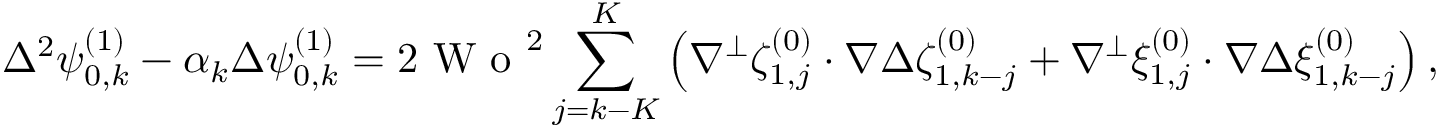
\Delta ^ { 2 } \psi _ { 0 , k } ^ { ( 1 ) } - \alpha _ { k } \Delta \psi _ { 0 , k } ^ { ( 1 ) } = 2 \textrm { W o } ^ { 2 } \sum _ { j = k - K } ^ { K } \left( \nabla ^ { \perp } \zeta _ { 1 , j } ^ { ( 0 ) } \cdot \nabla \Delta \zeta _ { 1 , k - j } ^ { ( 0 ) } + \nabla ^ { \perp } \xi _ { 1 , j } ^ { ( 0 ) } \cdot \nabla \Delta \xi _ { 1 , k - j } ^ { ( 0 ) } \right) ,